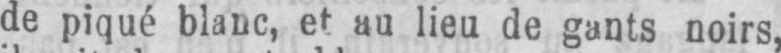
de piqué blanc, et au lieu de gants noirs,